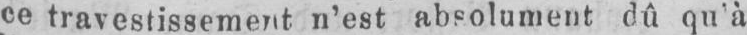
ce travestissement n’est absolument dû qu’à